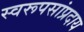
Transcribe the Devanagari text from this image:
स्वरूपसांप्रदाय